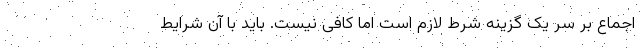
اجماع بر سر یک گزینه شرط لازم است اما کافی نیست. باید با آن شرایط